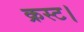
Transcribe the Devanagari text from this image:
क्रस्ट।